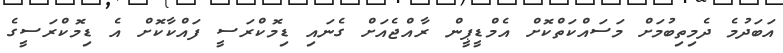
އަބަދުމެ ދެމިތިބުމަށް މަސައްކަތްކޮށް އެމްޑީޕީން ރާއްޖެއަށް ގެނައި ޑިމޮކްރަސީ ފައްކާކޮށް އެ ޑިމޮކްރަސީގެ